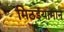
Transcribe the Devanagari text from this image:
मिठईयामान